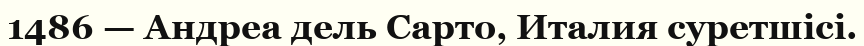
1486 — Андреа дель Сарто, Италия суретшісі.